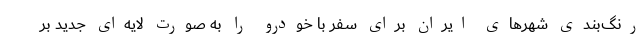
رنگ‌بندی شهرهای ایران برای سفر با خودرو را به صورت لایه‌ای جدید بر